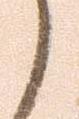
ら